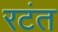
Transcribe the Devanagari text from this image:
रटंत